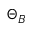
\Theta _ { B }